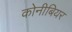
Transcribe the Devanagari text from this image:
कोनीबियर